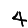
Digit: 4